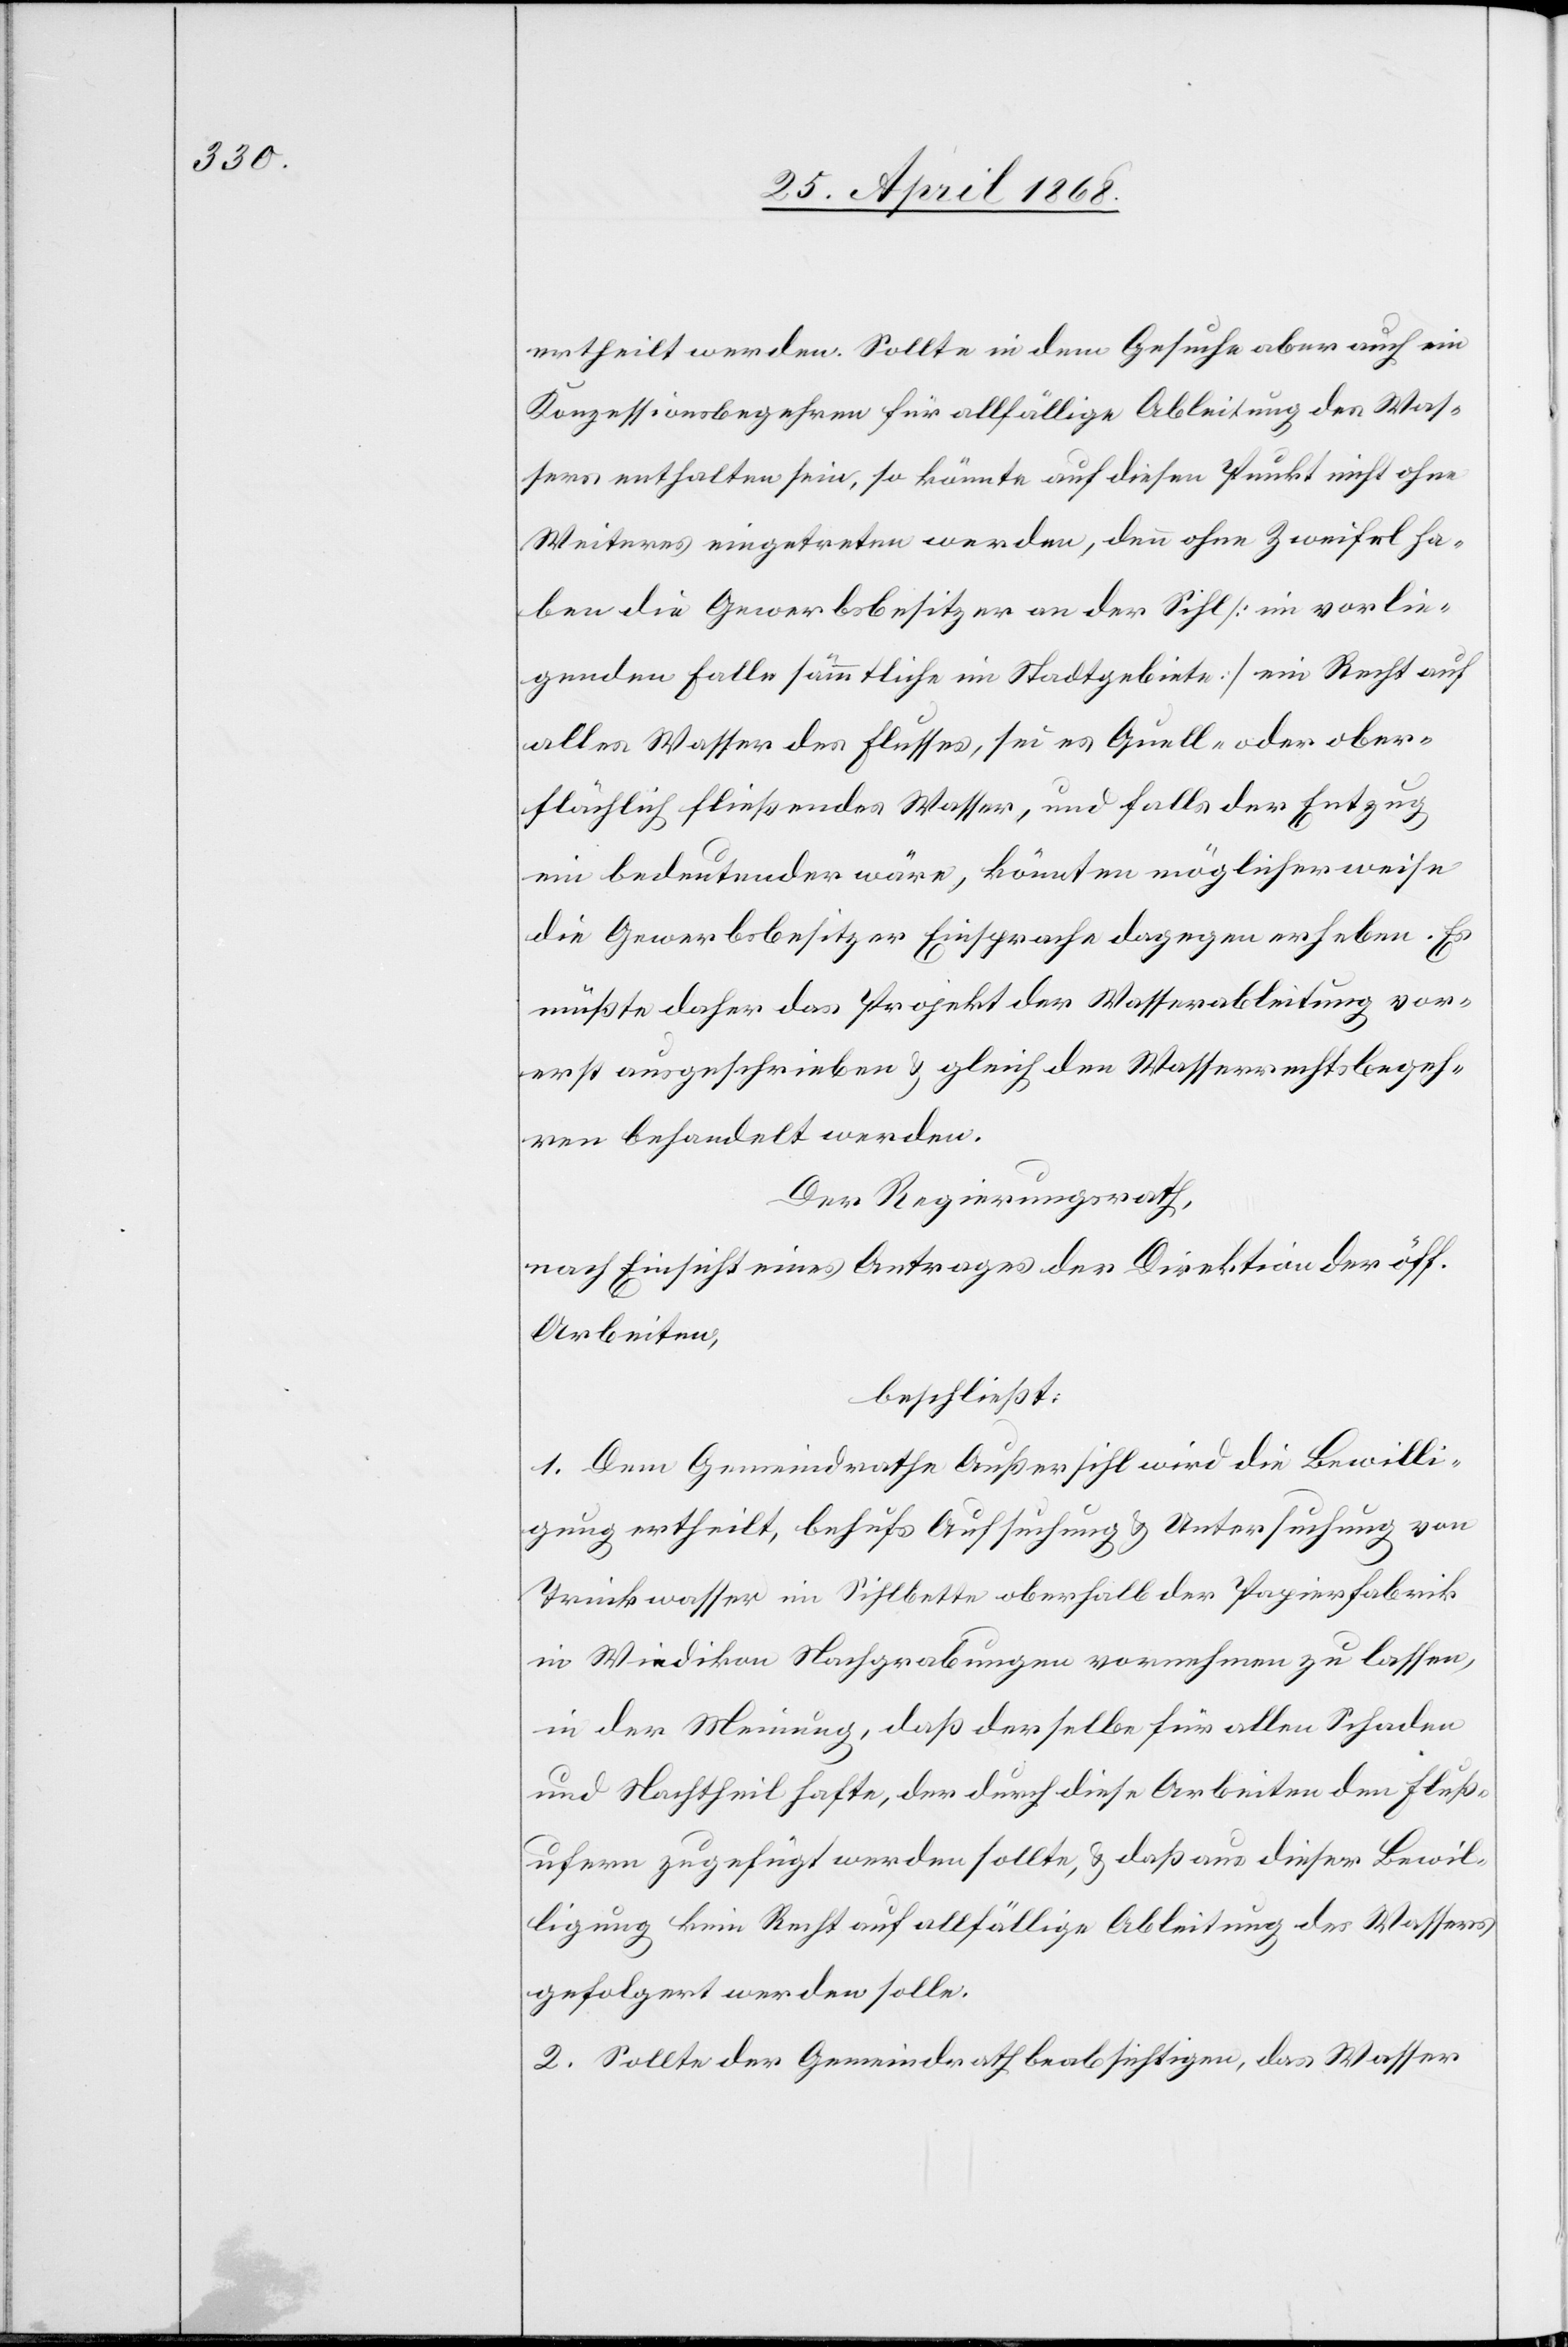
ertheilt werden. Sollte in dem Gesuche aber auch ein
Konzessionsbegehren für allfällige Ableitung des Was¬
sers enthalten sein, so könnte auf diesen Punkt nicht ohne
Weiteres eingetreten werden, denn ohne Zweifel ha¬
ben die Gewerbsbesitzer an der Sihl [im vorlie¬
genden Falle sämmtliche im Stadtgebiete] ein Recht auf
alles Wasser des Flusses, sei es Quell- oder ober¬
flächlich fließendes Wasser, und falls der Entzug
ein bedeutender wäre, könnten möglicherweise
die Gewerbsbesitzer Einsprache dagegen erheben. Es
müßte daher das Projekt der Wasserableitung vor¬
erst ausgeschrieben & gleich den Wasserrechtsbegeh¬
ren behandelt werden.
Der Regierungsrath,
nach Einsicht eines Antrages der Direktion der öff.
Arbeiten,
beschließt:
1. Dem Gemeindrathe Außersihl wird die Bewilli¬
gung ertheilt, behufs Aufsuchung & Untersuchung von
Trinkwasser im Sihlbette oberhalb der Papierfabrik
in Wiedikon Nachgrabungen vornehmen zu lassen,
in der Meinung, daß derselbe für allen Schaden
und Nachtheil hafte, der durch diese Arbeiten den Fluß¬
ufern zugefügt werden sollte, & daß aus dieser Bewil¬
ligung kein Recht auf allfällige Ableitung des Wassers
gefolgert werden solle.
2. Sollte der Gemeindrath beabsichtigen, das Wasser